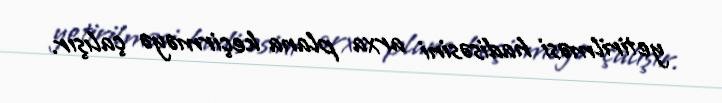
yetirilməsi hadisəsini arxa plana keçirməyə çalışır.